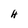
Character: H